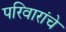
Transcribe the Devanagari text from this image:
परिवारांचे